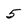
Character: 5